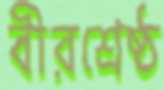
বীরশ্রেষ্ঠ